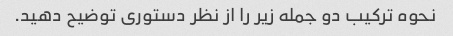
نحوه ترکیب دو جمله زیر را از نظر دستوری توضیح دهید.